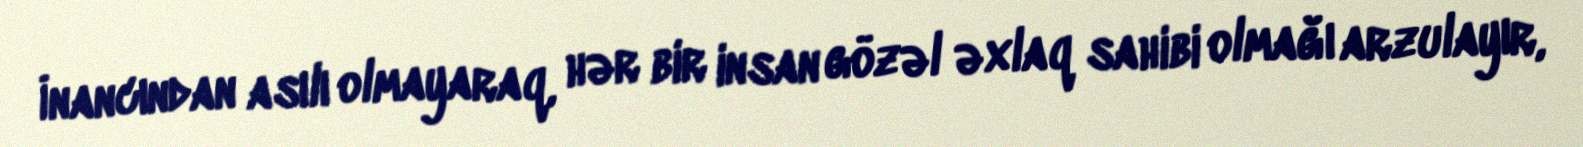
İnancından asılı olmayaraq, hər bir insan gözəl əxlaq sahibi olmağı arzulayır,